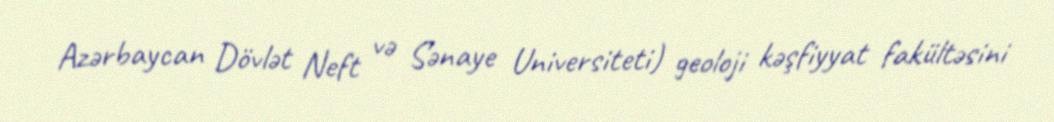
Azərbaycan Dövlət Neft və Sənaye Universiteti) geoloji kəşfiyyat fakültəsini